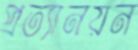
প্রত্যানয়ন